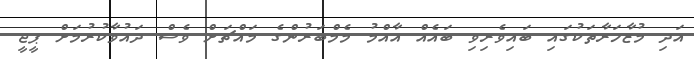
އަދި މުޒާހަރާތަކުގައި ބައިވެރިވި ބައެއް އާއްމު މެމްބަރުންގެ މައްޗަށް ވެސް ދައުވާކުރުމަށް ޕީޖީ